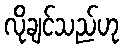
လိုချင်သည်ဟု